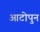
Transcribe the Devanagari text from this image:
आटोपुन